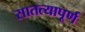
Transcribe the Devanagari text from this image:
सातत्यापूर्ण